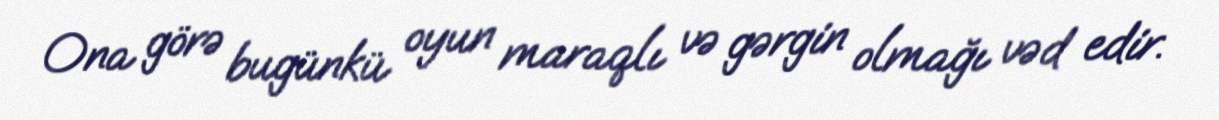
Ona görə bugünkü oyun maraqlı və gərgin olmağı vəd edir.